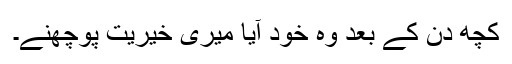
کچھ دن کے بعد وہ خود آیا میری خیریت پوچھنے۔